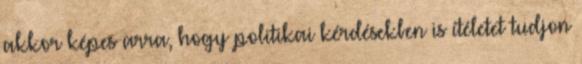
akkor képes arra, hogy politikai kérdésekben is ítéletet tudjon